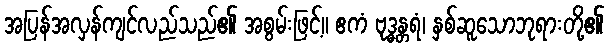
အပြန်အလှန်ကျင်လည်သည်၏ အစွမ်းဖြင့်။ ဧကံ ဗုဒ္ဓန္တရံ၊ နှစ်ဆူသောဘုရားတို့၏